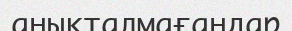
анықталмағандар